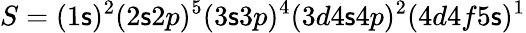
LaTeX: S=(1\mathsf{s})^{2}(2\mathsf{s}2p)^{5}(3\mathsf{s}3p)^{4}(3d4\mathsf{s}4p)^{2}(4d4f5\mathsf{s})^{1}